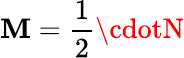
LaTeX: \mathbf{M}=\frac{{1}}{{2}}\cdotN